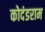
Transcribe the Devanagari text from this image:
कोदंडराम